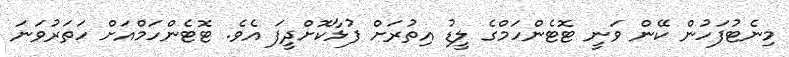
މިނެޓުފަހުން ކޭން ވަނީ ޓޮޓެންހަމްގެ ލީޑު އިތުރަށް ފުޅާކޮށްދީފަ އެވެ. ޓޮޓެންހަމްއަށް ހަތަރުވަނަ